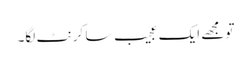
تو مجھے ایک عجیب سا کرنٹ لگا۔